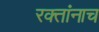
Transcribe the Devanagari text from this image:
रक्‍तांनाच